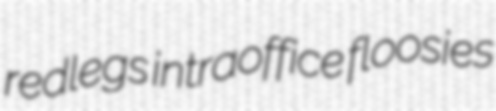
redlegs intraoffice floosies